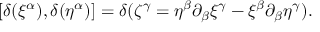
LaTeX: [ \delta ( \xi ^ { \alpha } ) , \delta ( \eta ^ { \alpha } ) ] = \delta ( \zeta ^ { \gamma } = \eta ^ { \beta } \partial _ { \beta } \xi ^ { \gamma } - \xi ^ { \beta } \partial _ { \beta } \eta ^ { \gamma } ) .